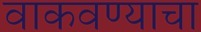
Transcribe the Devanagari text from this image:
वाकवण्याचा